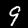
Label: 9